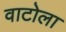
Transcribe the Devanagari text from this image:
वाटोला